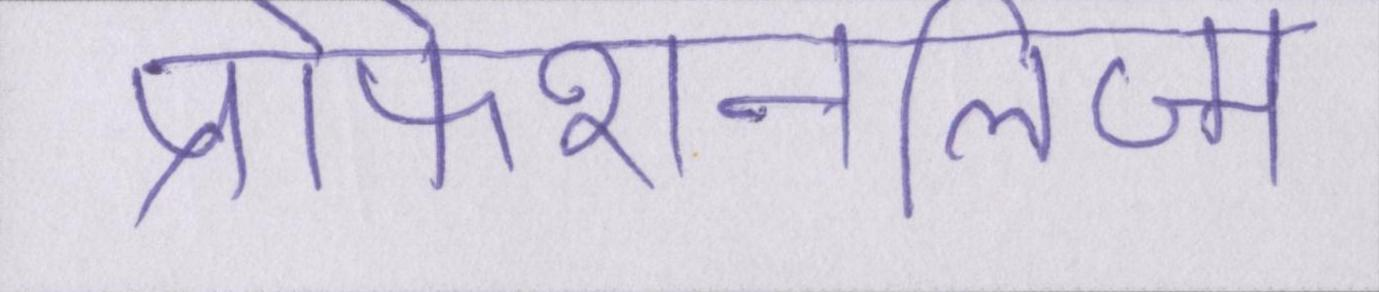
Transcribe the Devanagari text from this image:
प्रोफेशनलिज्म